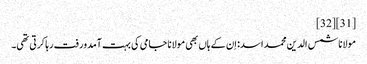
[31][32]
مولانا شمس الدین محمد اسد: اِن کے ہاں بھی مولانا جامی کی بہت آمدورفت رہا کرتی تھی۔